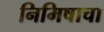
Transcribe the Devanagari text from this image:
निमिषाचा